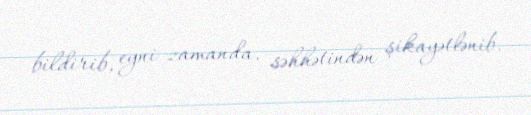
bildirib, eyni zamanda, səhhətindən şikayətlənib.